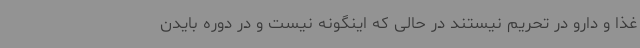
غذا و دارو در تحریم نیستند در حالی که اینگونه نیست و در دوره بایدن